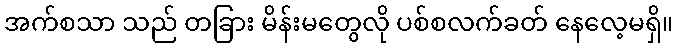
အက်စသာ သည် တခြား မိန်းမတွေလို ပစ်စလက်ခတ် နေလေ့မရှိ။